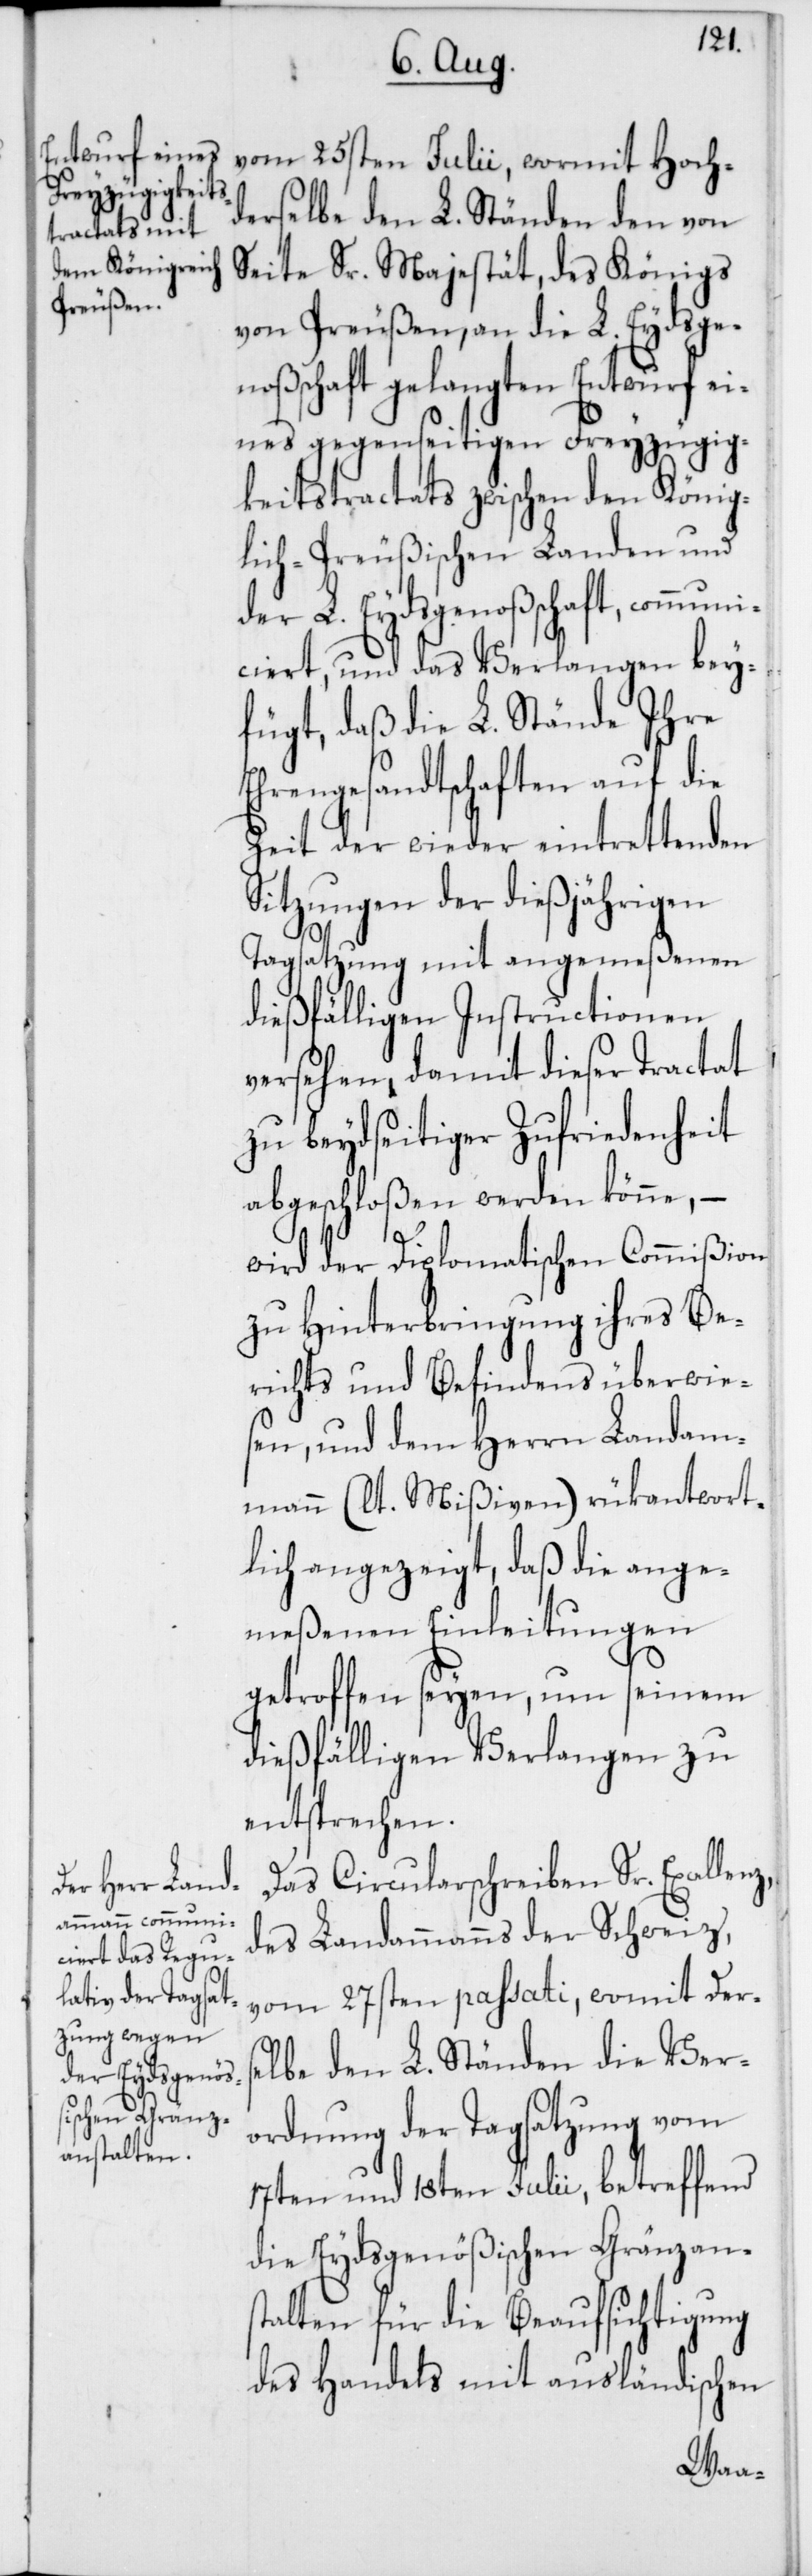
vom 25sten Julii, wormit Hoch¬
derselbe den L. Ständen den von
Seite Sr. Majestät, des Königs
von Preußen, an die L. Eydsgen¬
oßenschaft gelangten Entwurf ei¬
nes gegenseitigen Freyzügig¬
keitstractats zwischen den König¬
lich-Preußischen Landen und
der L. Eydsgenoßenschaft, commun¬
iciert, und das Verlangen bey¬
fügt, daß die L. Stände Ihre
Ehrengesandtschaften auf die
Zeit der wieder eintrettenden
Sitzungen der dießjährigen
Tagsatzung mit angemeßenen
dießfälligen Instructionen
versehen, damit dieser Tractat
zu beydseitiger Zufriedenheit
abgeschloßen werden könne, –
wird der Diplomatischen Commißion
zu Hinterbringung ihres Be¬
richts und Befindens überwie¬
sen, und dem Herrn Landam¬
mann (lt. Mißiven) rükantwort¬
lich angezeigt, daß die ange¬
meßenen Einleitungen
getroffen seyen, um seinem
dießfälligen Verlangen zu
entsprechen.
Das Circularschreiben Sr. Excellenz,
des Landammanns der Schweiz,
vom 27sten passati, womit ders¬
elbe den L. Ständen die Ver¬
ordnung der Tagsatzung vom
17ten und 18ten Julii, betreffend
die Eydsgenößischen Gränzans¬
talten für die Beaufsichtigung
des Handels mit ausländischen